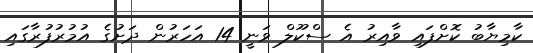
ކާމިޔާބު ކޮށްފައި ވާއިރު އެ ސްކޫލް ވަނީ 14 އަހަރުން ދަށުގެ އުމުރުފުރާގައި